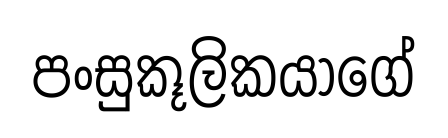
පංසුකූලිකයාගේ